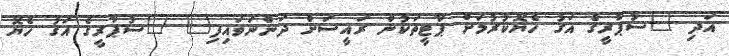
އަދި "ސުޕާރީގެ އަގު ހެޔޮކުރުމަށް ޕާޓީތަކުން ރައީސަށް ދަންނަވައިފި" "ސުޕާރީގެ އަގު ހެޔޮ